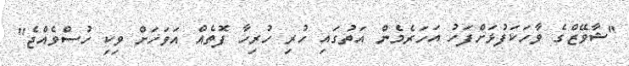
''ޝާވޭޒްގެ ވާހަކަފުޅަށްފަހު އަހަރެމެން އަތުގައި ހުރި ހުރިހާ ފޮތެއް އަވަހަށް ވިކި ހުސްވެއްޖެ''